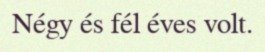
Négy és fél éves volt.